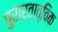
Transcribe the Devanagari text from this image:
पुरार्तात्विक